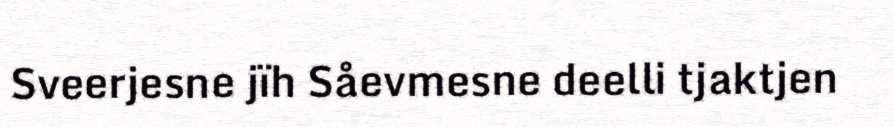
Sveerjesne jïh Såevmesne deelli tjaktjen